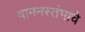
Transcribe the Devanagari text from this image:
वामनस्तंभाचे